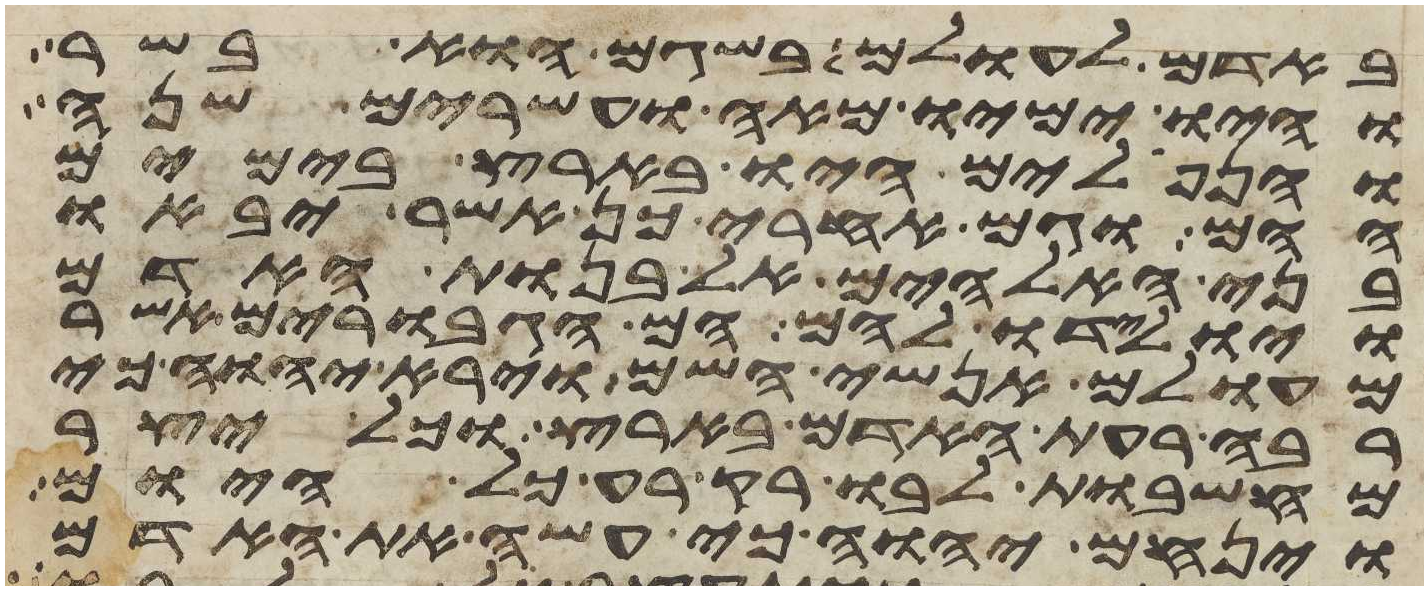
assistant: באדם לעולם בשגם הוא בשר
והיו ימיו מאה ועשרים שנה
והנפלים היו בארץ בימים
ההם וגם אחרי כן אשר יבאו
בני האלהים אל בנות האדם
ויולידו להם הם הגבורים אשר
מעולם אנשי השם וירא יהוה כי
רבה רעת האדם בארץ וכל יצר
מחשבות לבו רק רע כל היום
וינחם יהוה כי עשה את האדם